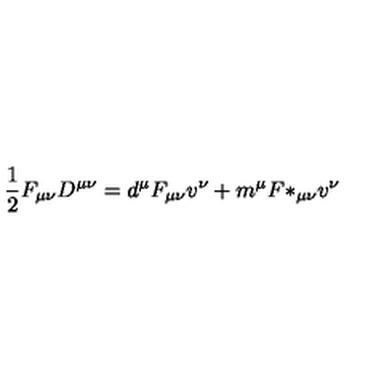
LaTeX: { \frac { 1 } { 2 } } F _ { \mu \nu } D ^ { \mu \nu } = d ^ { \mu } F _ { \mu \nu } v ^ { \nu } + m ^ { \mu } { F * } _ { \mu \nu } v ^ { \nu }